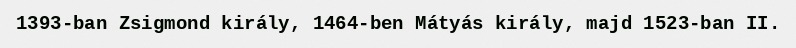
1393-ban Zsigmond király, 1464-ben Mátyás király, majd 1523-ban II.